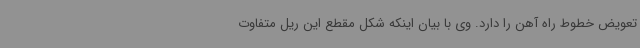
تعویض خطوط راه آهن را دارد. وی با بیان اینکه شکل مقطع این ریل متفاوت